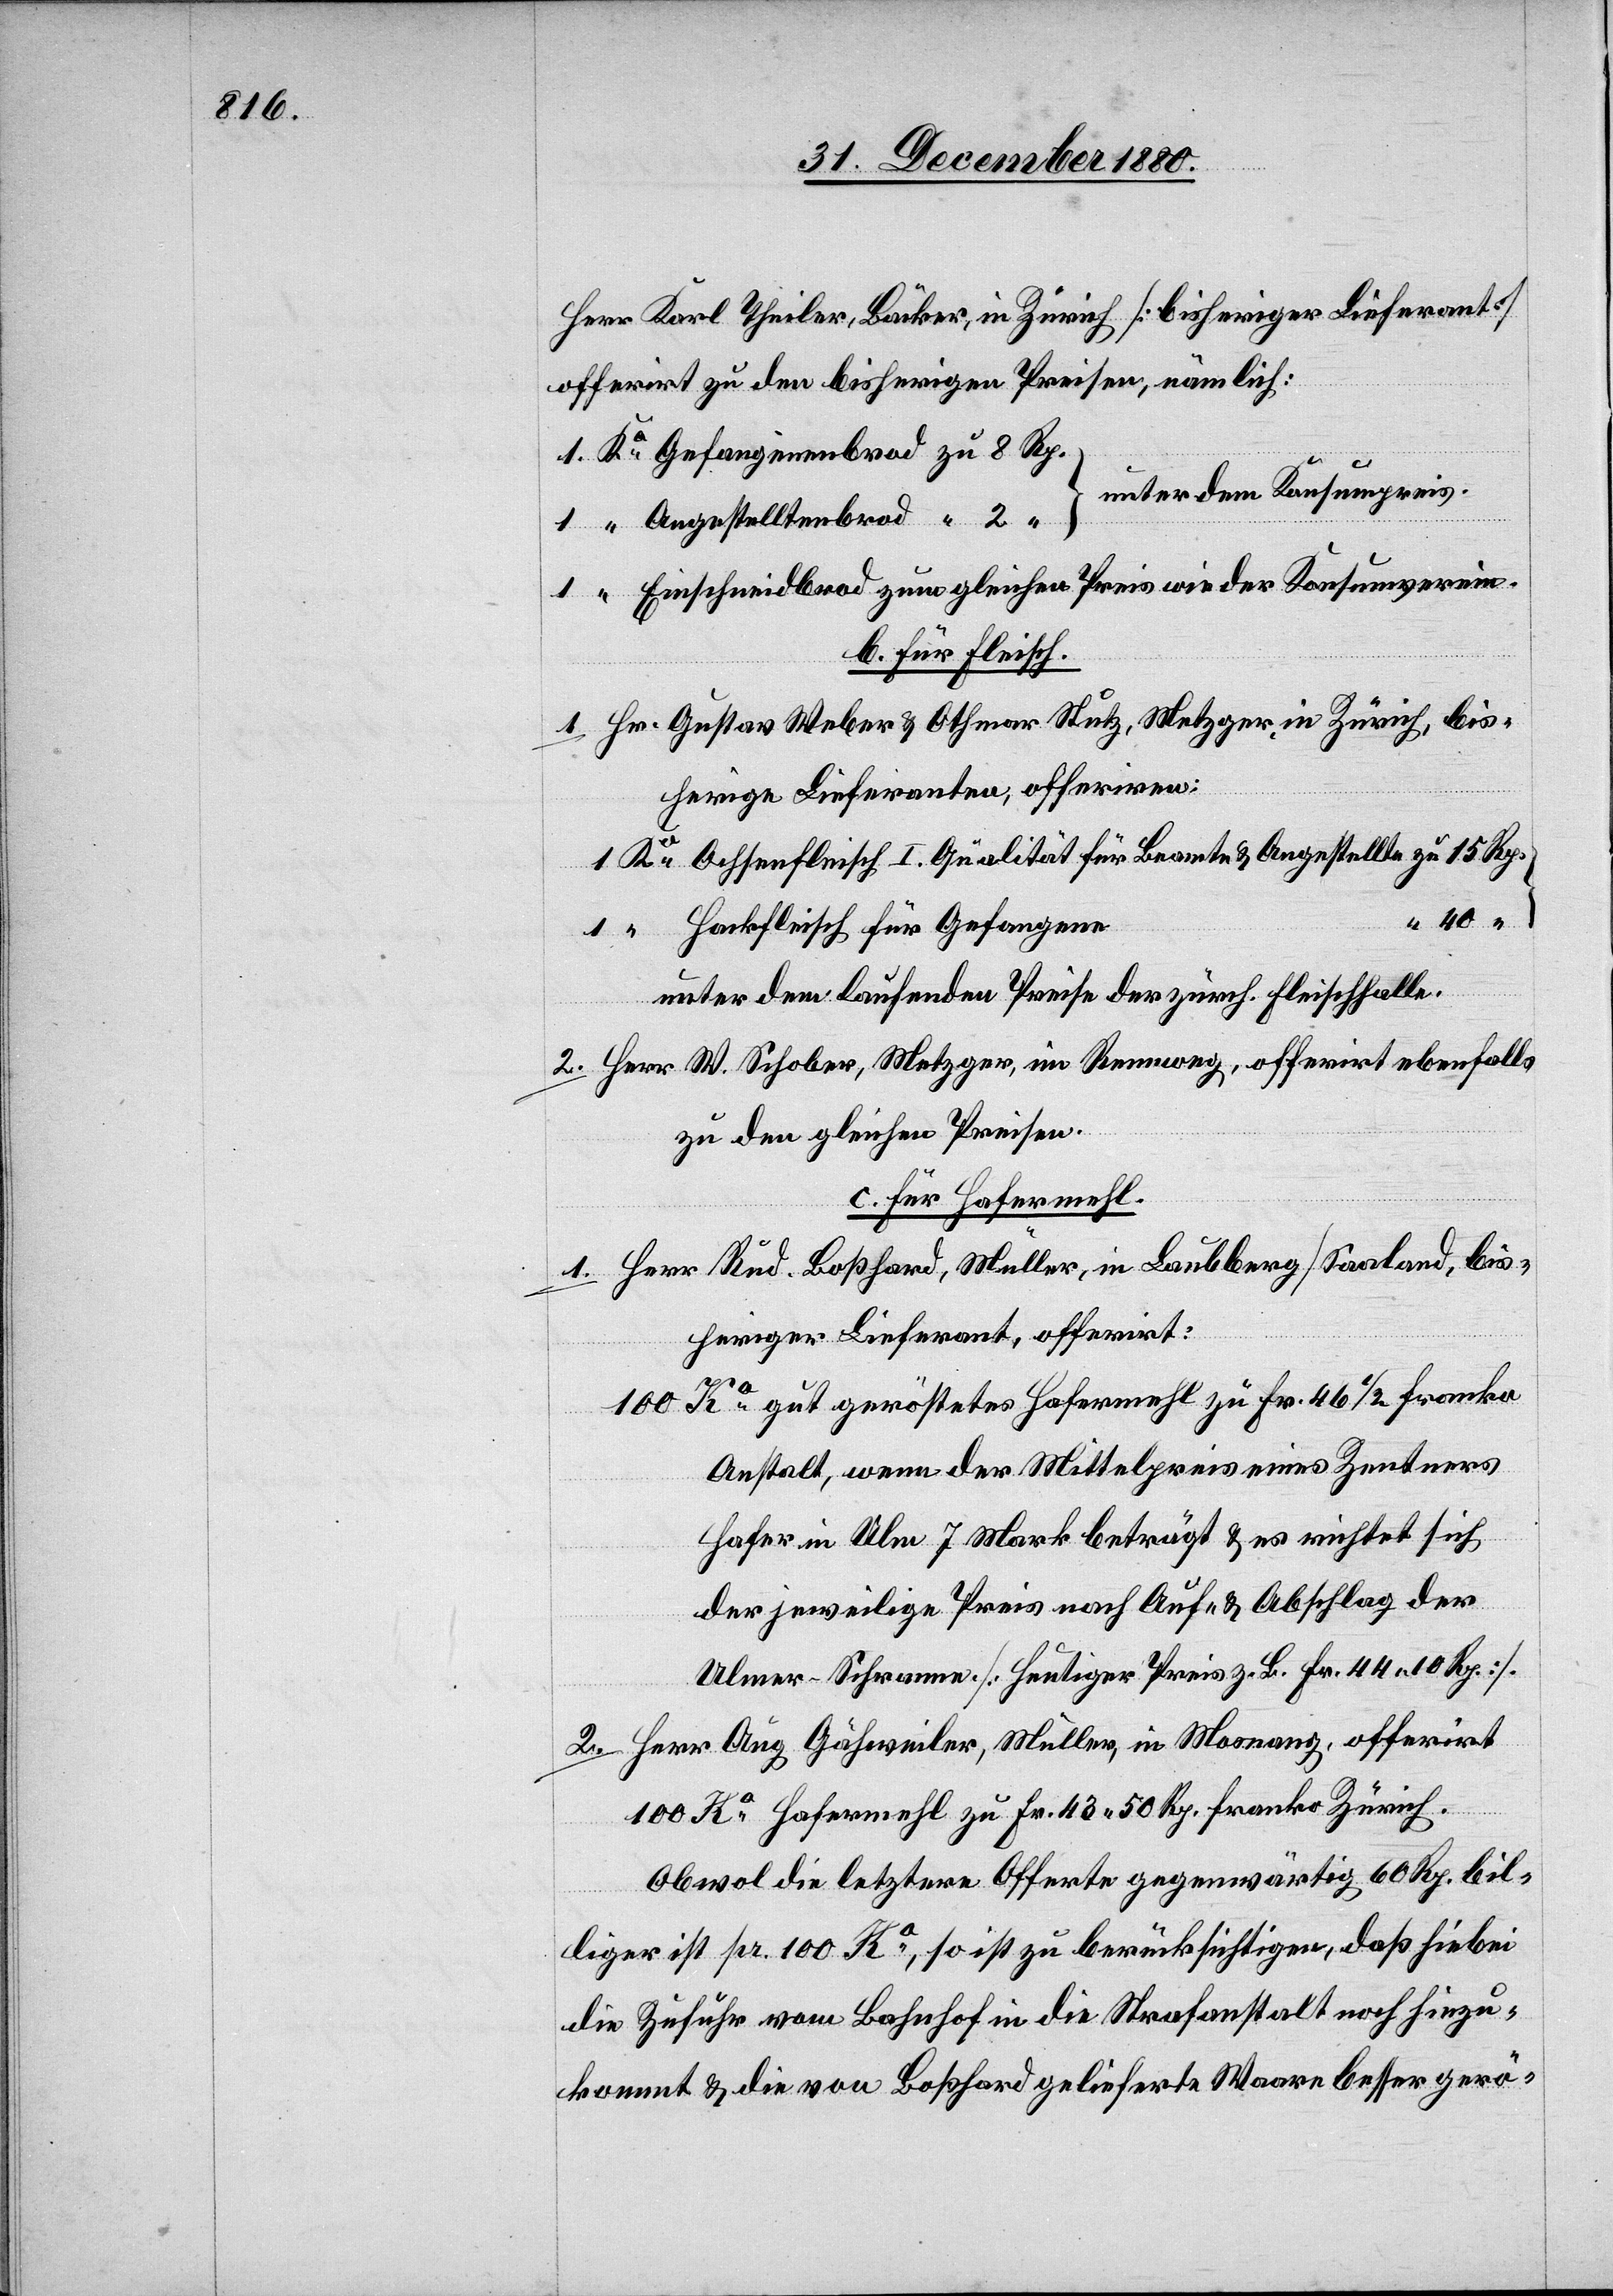
Herr Karl Theiler, Bäcker, in Zürich [bisheriger Lieferant]
offerirt zu den bisherigen Preisen, nämlich:
unter dem Konsumpreis.
Einschneidbrod zum gleichen Preis wie der Konsumverein.
b. Für Fleisch.
1. Hr. Gustav Weber & Othmar Stutz, Metzger, in Zürich, bis¬
herige Lieferanten, offeriren:
Ochsenfleisch I. Qualität für Beamte & Angestellte
Rp.
Hackfleisch für Gefangene
unter dem laufenden Preise der zürch. Fleischhalle.
2. Herr W. Schober, Metzger, im Rennweg, offerirt ebenfalls
zu den gleichen Preisen.
c. Für Hafermehl.
1. Herr Rud. Boßhard, Müller, in Laubberg / Saaland, bis¬
heriger Lieferant, offerirt:
Ko gut geröstetes Hafermehl zu Fr. 46 1/2 franko
100
Anstalt, wenn der Mittelpreis eines Zentners
Hafer in Ulm 7 Mark beträgt & es richte sich
der jeweilige Preis nach Auf- & Abschlag der
Ulmer Schranne. [Heutiger Preis z. B. Fr. 44 10 Rp].
2. Herr Aug. Gähweiler, Müller, in Mosnang, offerirt
100 Ko Hafermehl zu Fr. 43 50 Rp. franko Zürich.
Obwohl die letztere Offerte gegenwärtig 60 Rp. bil¬
liger ist pr. 100 Ko, so ist zu berücksichtigen, daß hiebei
die Zufuhr vom Bahnhof in die Strafanstalt noch hinzu¬
kommt & die von Boßhard gelieferte Waare besser gerö-